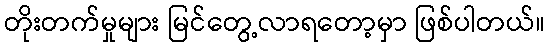
တိုးတက်မှုများ မြင်တွေ့လာရတော့မှာ ဖြစ်ပါတယ်။